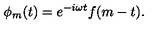
\phi _ { m } ( t ) = e ^ { - i \omega t } f ( m - t ) .